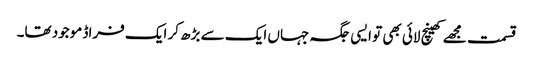
قسمت مجھے کھینچ لائی بھی تو ایسی جگہ جہاں ایک سے بڑھ کر ایک فراڈ موجود تھا۔